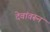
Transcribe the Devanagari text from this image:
देवांवरून